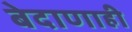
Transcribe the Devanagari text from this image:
बेदाणाही